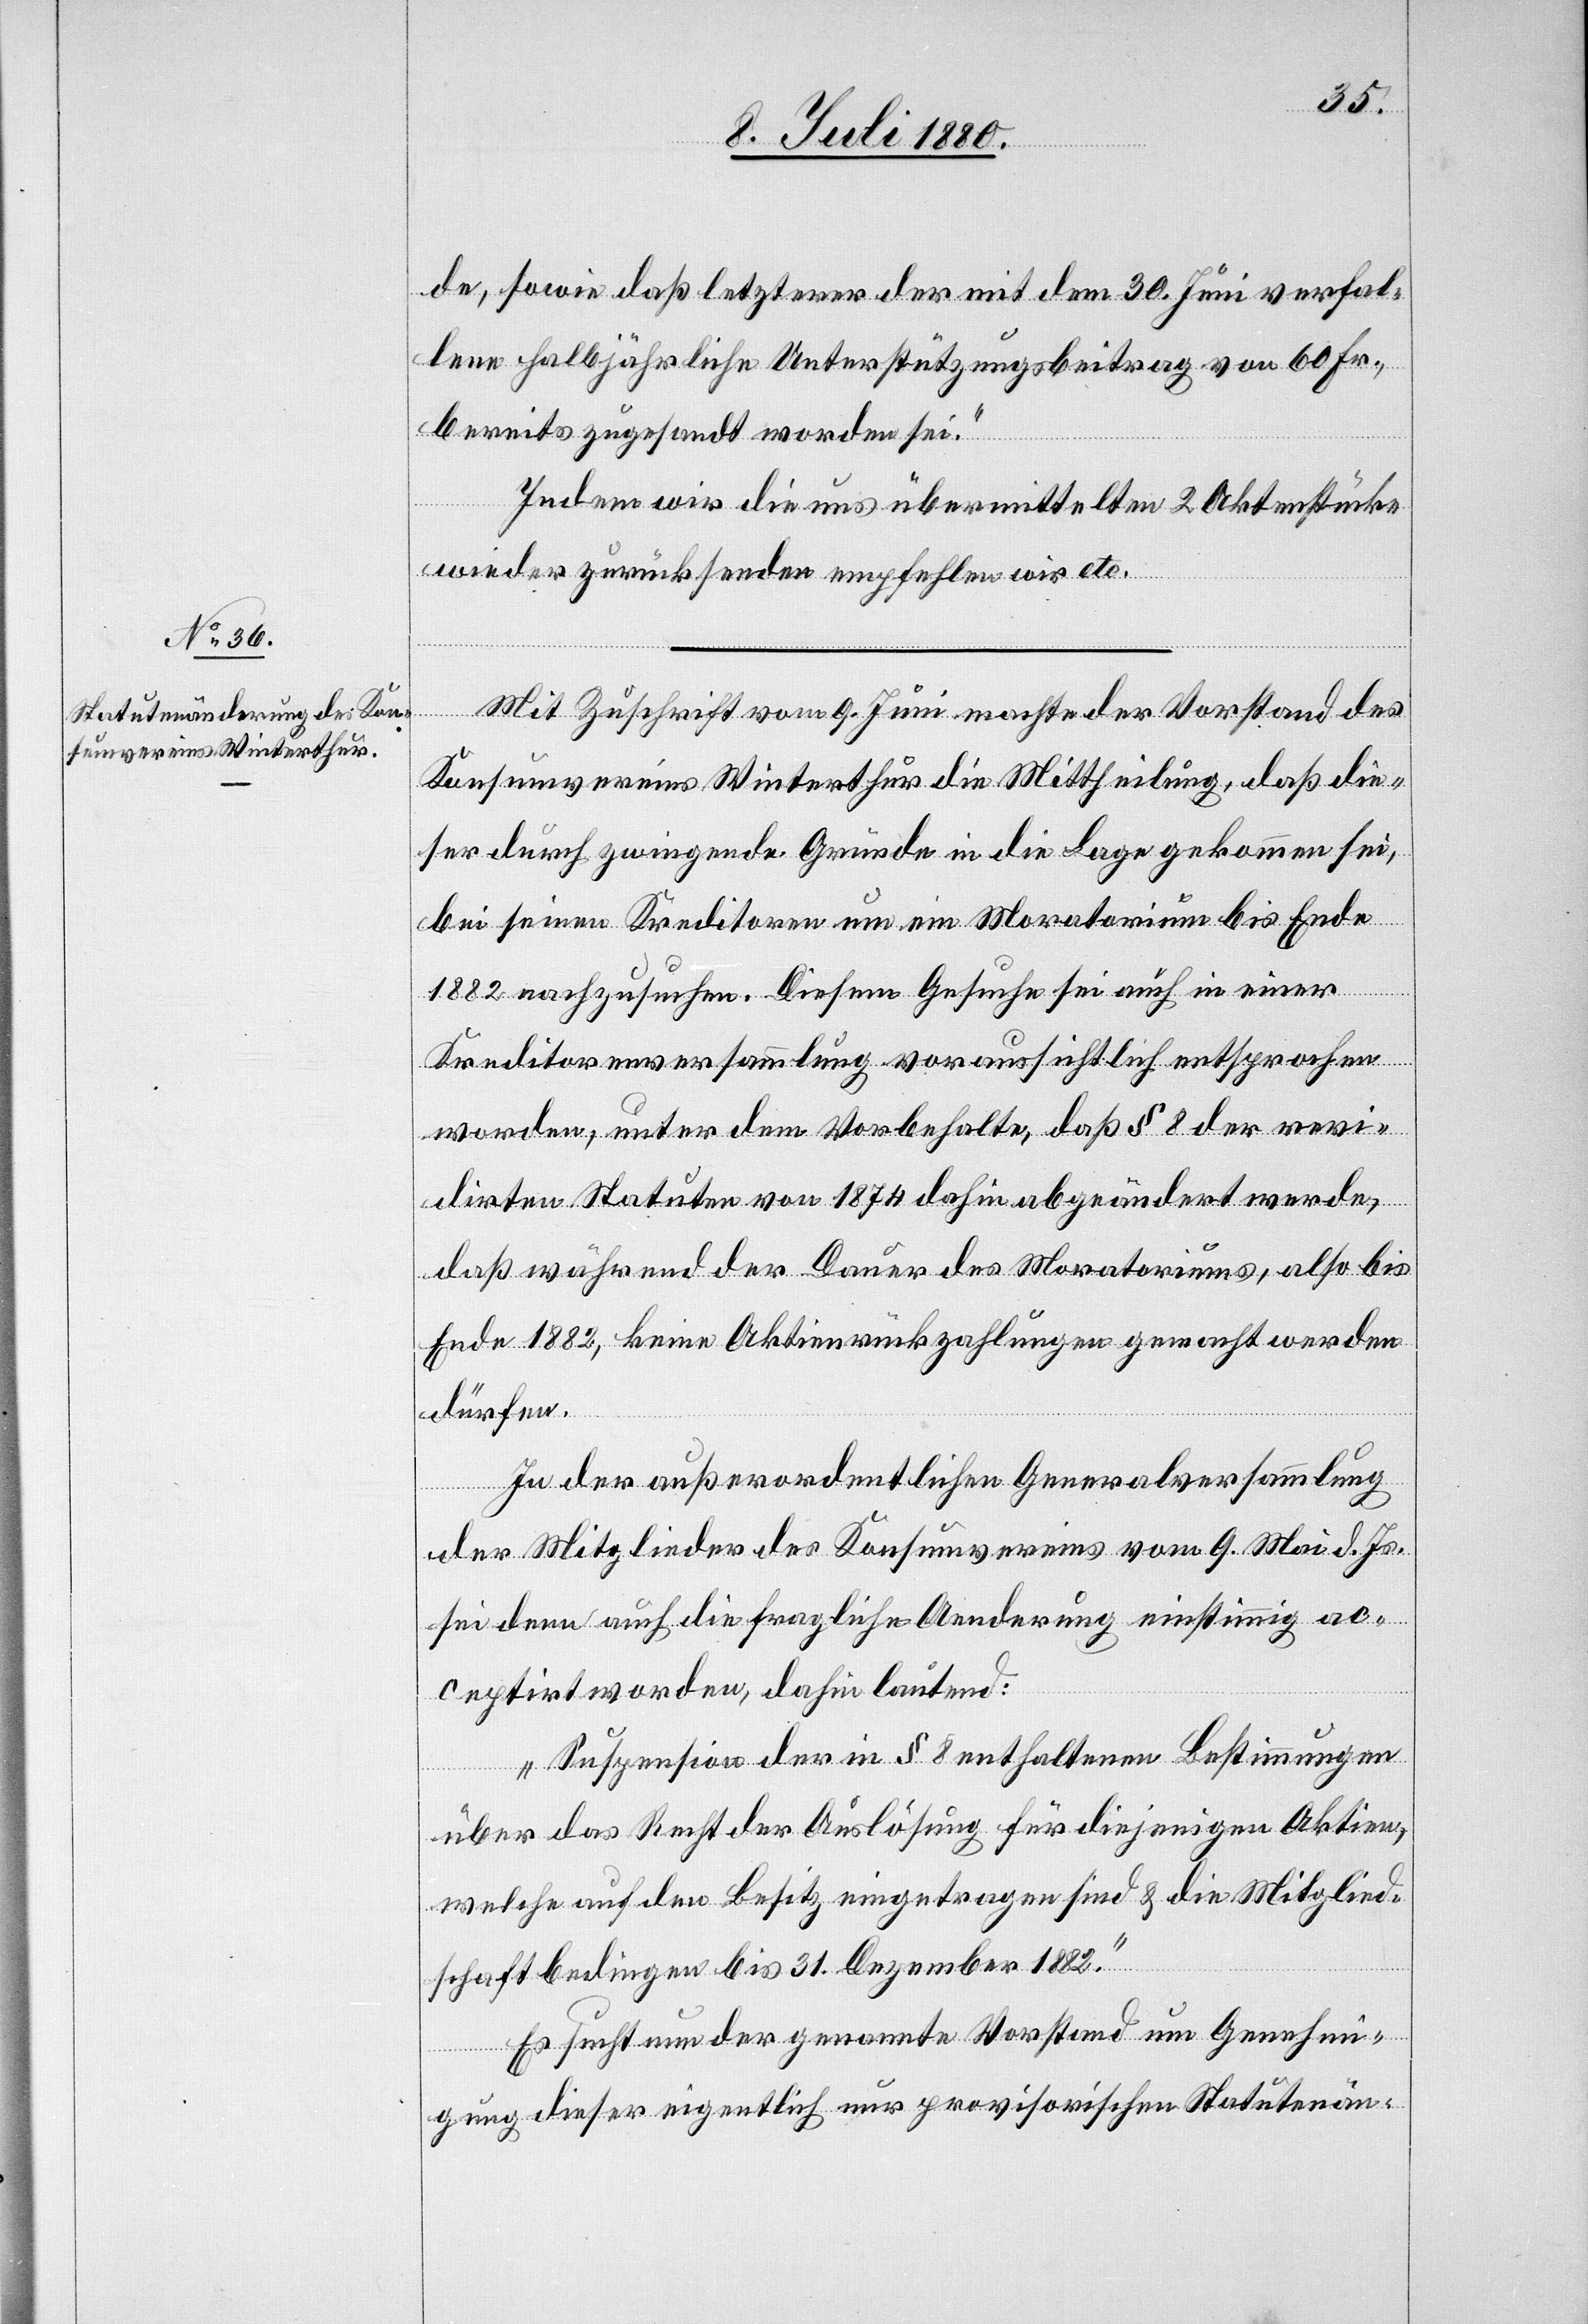
de, sowie daß letzterer der mit dem 30. Juni verfal¬
lene halbjährliche Unterstützungsbeitrag von 60 Fr.,
bereits zugesandt worden sei.“
Indem wir die uns übermittelten 2 Aktenstücke
wieder zurücksenden empfehlen wir etc.
Mit Zuschrift vom 9. Juni machte der Vorstand des
Konsumvereins Winterthur die Mittheilung, daß die¬
ser durch zwingende Gründe in die Lage gekommen sei,
bei seinen Kreditoren um ein Moratorium bis Ende
1882 nachzusuchen. Diesem Gesuche sei auch in einer
Kreditorenversammlung voraussichtlich entsprochen
worden, unter dem Vorbehalte, daß § 8 der revi¬
dirten Statuten von 1874 dahin abgeändert werde,
daß während der Dauer des Moratoriums, also bis
Ende 1882, keine Aktienrückzahlungen gemacht werden
dürfen.
In der außerordentlichen Generalversammlung
der Mitglieder des Konsumvereins vom 9. Mai d. Js.
sei denn auch die fragliche Aenderung einstimmig ac¬
ceptirt worden, dahin lautend:
„Suspension der in § 8 enthaltenen Bestimmungen
über das Recht der Auslösung für diejenigen Aktien,
welche auf den Besitz eingetragen sind & die Mitglied¬
schaft bedingen bis 31. Dezember 1882.“
Es sucht nun der genannte Vorstand um Genehmi¬
gung dieser eigentlich nur provisorischen Statutenän-